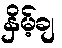
နှိမ့်ချ